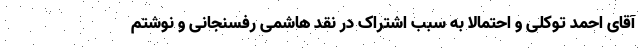
آقای احمد توکلی و احتمالا به سبب اشتراک در نقد هاشمی رفسنجانی و نوشتم